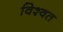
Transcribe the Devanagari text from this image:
विश्‍वत